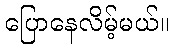
ပြောနေလိမ့်မယ်။